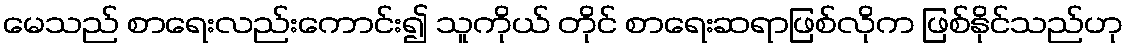
မေသည် စာရေးလည်းကောင်း၍ သူကိုယ် တိုင် စာရေးဆရာဖြစ်လိုက ဖြစ်နိုင်သည်ဟု